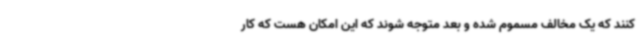
کنند که یک مخالف مسموم شده و بعد متوجه شوند که این امکان هست که کار